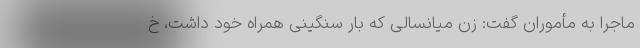
ماجرا به مأموران گفت: زن میانسالی که بار سنگینی همراه خود داشت، خ